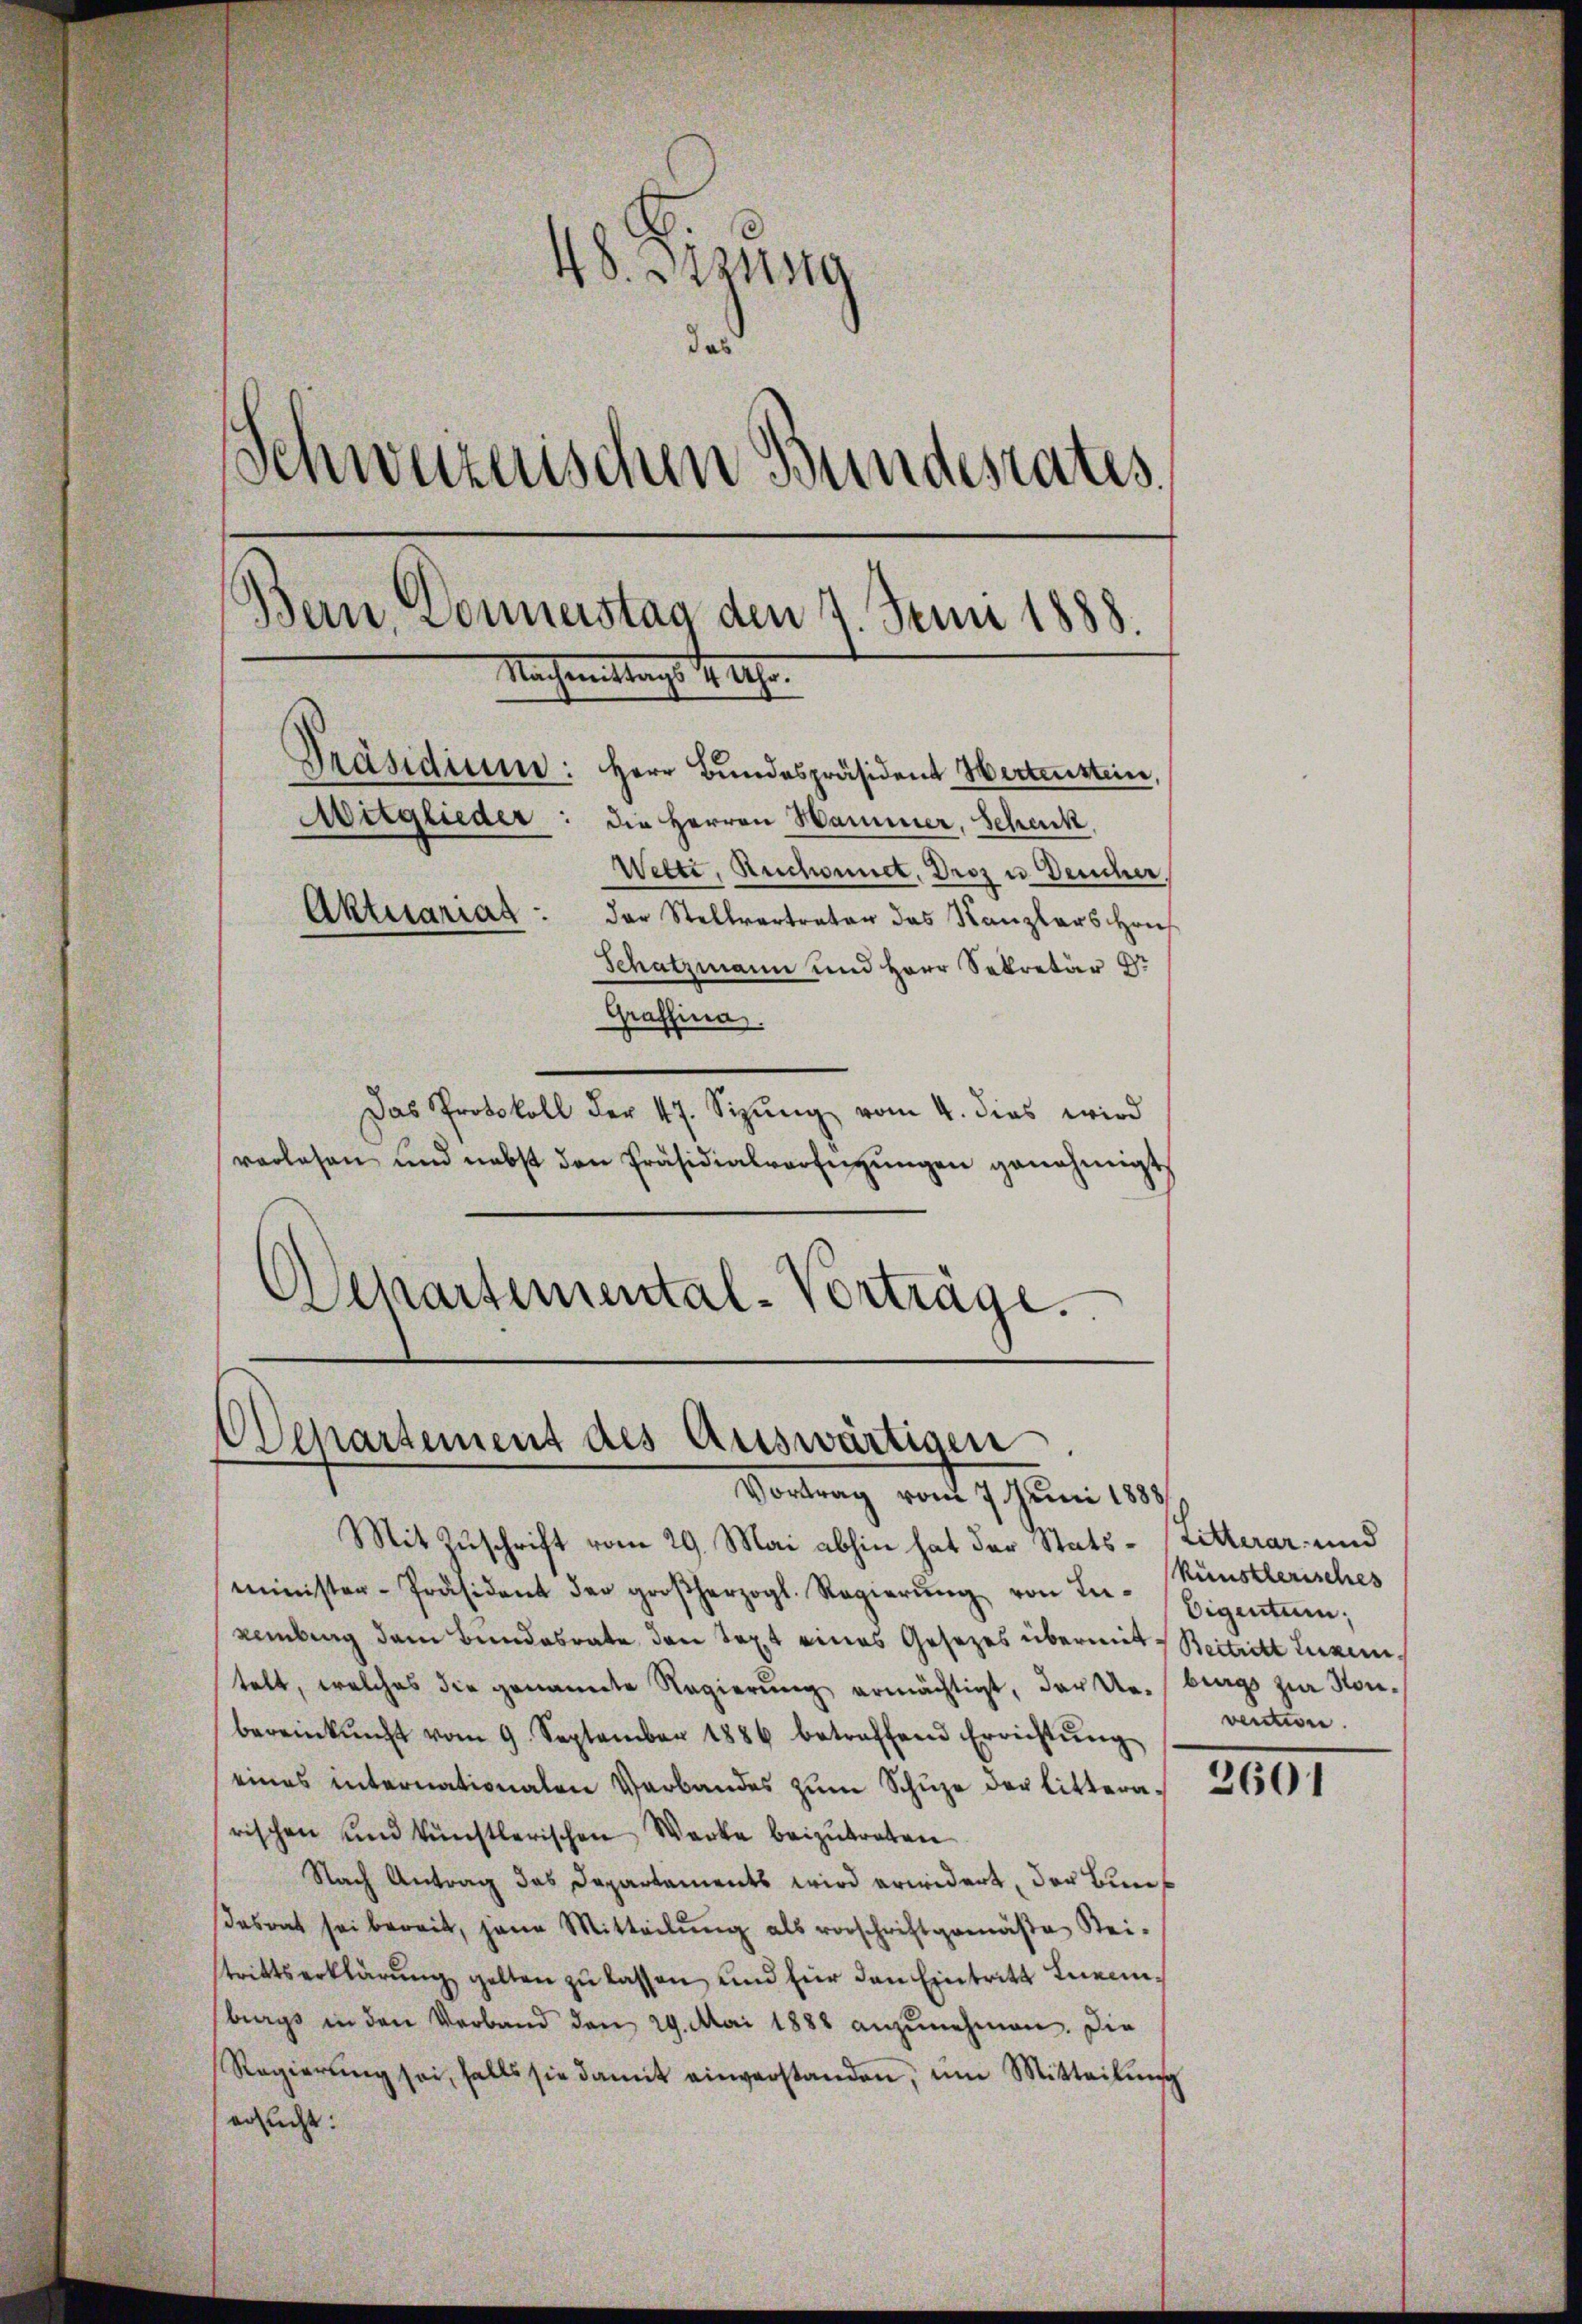
4
18. Stattg
das
¬
Schweizerischen Bundesrates.
Bern, Donnerstag den 7. Juni 1888.
Nachmittags 1 Uhr.
Präsidium: Herr Bundespräsident Wertenstein,
Mitglieder: die Herren Hammer, Schenck
Wette, Ruchonnet. Droz u Deucher,
Aktesariat : der Stellvertrator das Kanzlers Hans
Schatzmann und Herr Sekretär er
Graffina

Das Protokoll der 47. Sizŭng vom 4. dies wird
vorlesen und nebst den Präsidialverfügŭngen genehmigt,
Separtemental-Vorträge.

Departement des Auswärtigen
Vortrag vom 7. Juni 1888

Mit Zuschrift vom 29. Mai abhin hat der Stats- (Litterar- und
minister-Präsident der großherzogl. Regierŭng von der- Eigentum;
Remberg dem Bundesrate den Text eines Gesetzes übermit Beitritt Liezentelt, welches die genannte Regierŭng ermächtigt, darte. (brags zur Konbereinkunft vom 9. September 1886 betreffend Errichtŭng
eines internationalen Verbandes zŭm Schŭze der littern 360
rischen und künstlerischen Werke beizutreten
Nach Antrag das Departements wird erwidert, der Bun¬
Dasont sei bereit, jene Mitteilŭng als vorschriftgemäβe Sei-
strittserklärŭng gelten zu lassen, und für den Eintritt neinburgs in den Verband den 29. Mai 1888 anzunehmen. Die
Regierŭng sei, falls sie damit einverstanden, um Mitteilung
ersucht:

künstlerisches
vention.